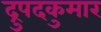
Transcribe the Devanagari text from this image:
द्रुपदकुमार